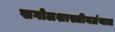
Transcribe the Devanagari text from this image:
खगोलशास्त्रीयग्रंथात